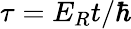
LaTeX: \tau=E_{R}t/\hbar